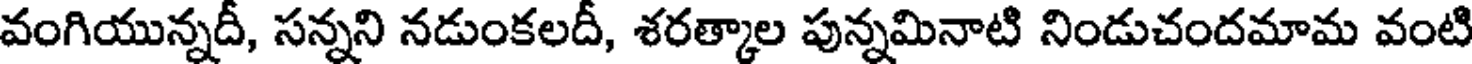
వంగియున్నదీ, సన్నని నడుంకలదీ, శరత్కాల పున్నమినాటి నిండుచందమామ వంటి